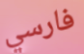
فارسي